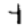
Digit: 4